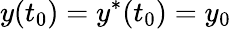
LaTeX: y(t_{0})=y^{*}(t_{0})=y_{0}